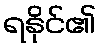
ရနိုင်၏